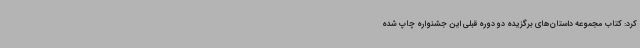
کرد: کتاب مجموعه داستان‌های برگزیده دو دوره قبلی این جشنواره چاپ شده